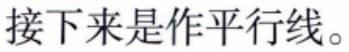
接下来是作平行线。